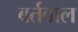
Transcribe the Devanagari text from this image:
बर्तवाल